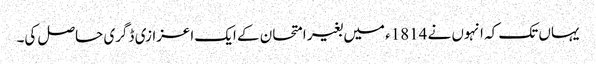
یہاں تک کہ انہوں نے 1814ء میں بغیر امتحان کے ایک اعزازی ڈگری حاصل کی۔